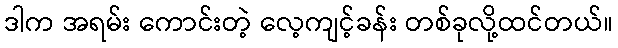
ဒါက အရမ်း ကောင်းတဲ့ လေ့ကျင့်ခန်း တစ်ခုလို့ထင်တယ်။